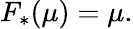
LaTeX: F_{*}(\mu)=\mu.